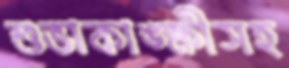
শুভাকাঙ্ক্ষীসহ